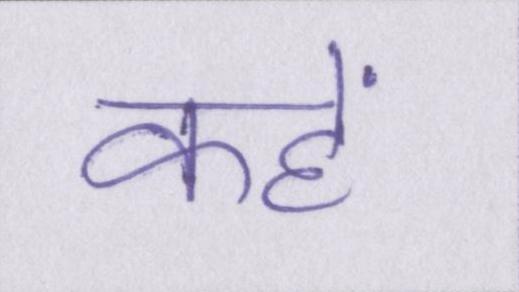
कहें